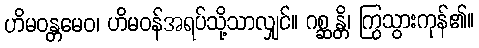
ဟိမဝန္တမေဝ၊ ဟိမဝန်အရပ်သို့သာလျှင်။ ဂစ္ဆန္တိ၊ ကြွသွားကုန်၏။